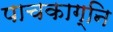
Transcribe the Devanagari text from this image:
पाचकाग्नि